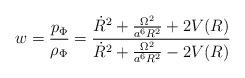
LaTeX: \begin{align*}w =\frac{p_\Phi}{\rho_\Phi}=\frac{\dot{R}^{2}+\frac{\Omega^{2}}{a^{6}R^{2}}+2V(R)}{\dot{R}^{2}+\frac{\Omega^{2}}{a^{6}R^{2}}-2V(R)}\end{align*}